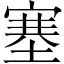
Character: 塞